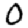
Digit: 0